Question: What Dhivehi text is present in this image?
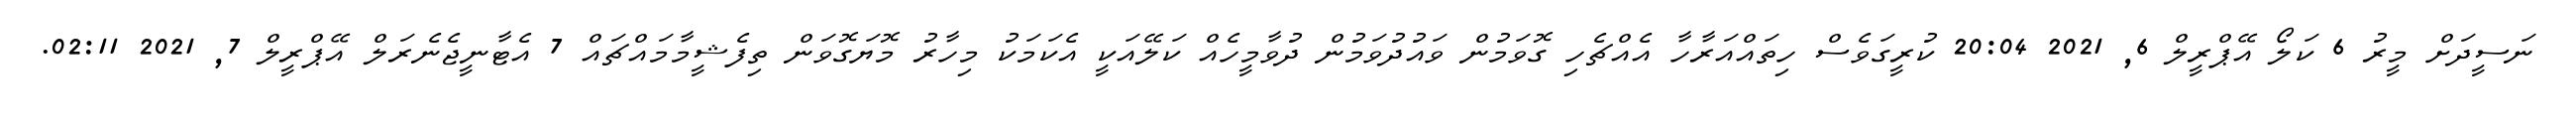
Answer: ނަސީދަށް މީރު 6 ކަލޯ އޭޕްރީލް 6, 2021 20:04 ކުރީގަވެސް ހިތައްއަރާހާ އެއްޗެހި ގޮވަމުން ވައުދުވަމުން ދުވާމީހެއް ކަލޭއަކީ އެކަމަކު މިހާރު މޮޔަގޮވަން ތިފެޝީމާމައްޗައް 7 އެޓާނީޖެނެރަލް އޭޕްރީލް 7, 2021 02:11.